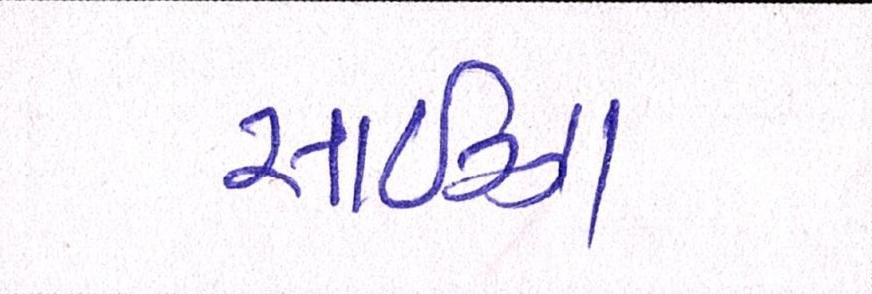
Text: સાઈઝા